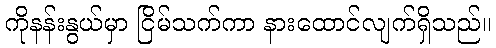
ကိုနန်းနွယ်မှာ ငြိမ်သက်ကာ နားထောင်လျက်ရှိသည်။